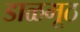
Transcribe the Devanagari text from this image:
डाळमूठ